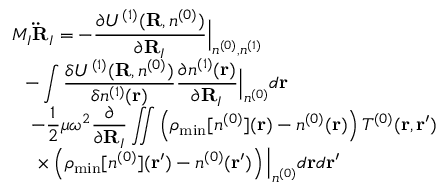
\begin{array} { l } { { \displaystyle M _ { I } { \bf \ddot { R } } _ { I } = - \frac { \partial { \cal U } ^ { ( 1 ) } ( { \bf R } , n ^ { ( 0 ) } ) } { \partial { \bf R } _ { I } } \Big \vert _ { n ^ { ( 0 ) } , n ^ { ( 1 ) } } } \ ~ } \\ { { \displaystyle ~ ~ - \int \frac { \delta { \cal U } ^ { ( 1 ) } ( { \bf R } , n ^ { ( 0 ) } ) } { \delta n ^ { ( 1 ) } ( { \bf r } ) } \frac { \partial n ^ { ( 1 ) } ( { \bf r } ) } { \partial { \bf R } _ { I } } \Big \vert _ { n ^ { ( 0 ) } } d { \bf r } } \ ~ } \\ { { \displaystyle ~ ~ ~ - \frac { 1 } { 2 } \mu \omega ^ { 2 } \frac { \partial } { \partial { \bf R } _ { I } } \iint \left( \rho _ { \mathrm { m i n } } [ n ^ { ( 0 ) } ] ( { \bf r } ) - n ^ { ( 0 ) } ( { \bf r } ) \right) T ^ { ( 0 ) } ( { \bf r , r ^ { \prime } } ) } \ ~ } \\ { { \displaystyle ~ ~ ~ ~ \times \left( \rho _ { \mathrm { m i n } } [ n ^ { ( 0 ) } ] ( { \bf r ^ { \prime } } ) - n ^ { ( 0 ) } ( { \bf r ^ { \prime } } ) \right) \Big \vert _ { n ^ { ( 0 ) } } d { \bf r } d { \bf r ^ { \prime } } } } \end{array}